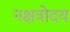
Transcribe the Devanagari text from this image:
नक्षत्रोदय